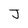
Character: J